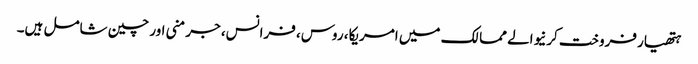
ہتھیار فروخت کرنیوالے ممالک میں امریکا، روس، فرانس، جرمنی اور چین شامل ہیں۔